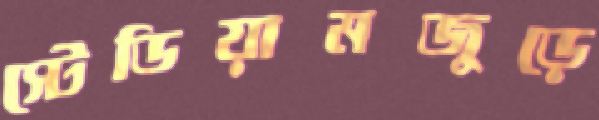
স্টেডিয়ামজুড়ে